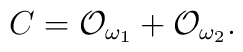
C={\cal O}_{\omega _1}+{\cal O}_{\omega _2}.